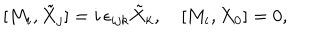
[ M _ { i } , \tilde { X } _ { j } ] = i \, \epsilon _ { i j k } \tilde { X } _ { k } , \quad [ M _ { i } , X _ { 0 } ] = 0 ,